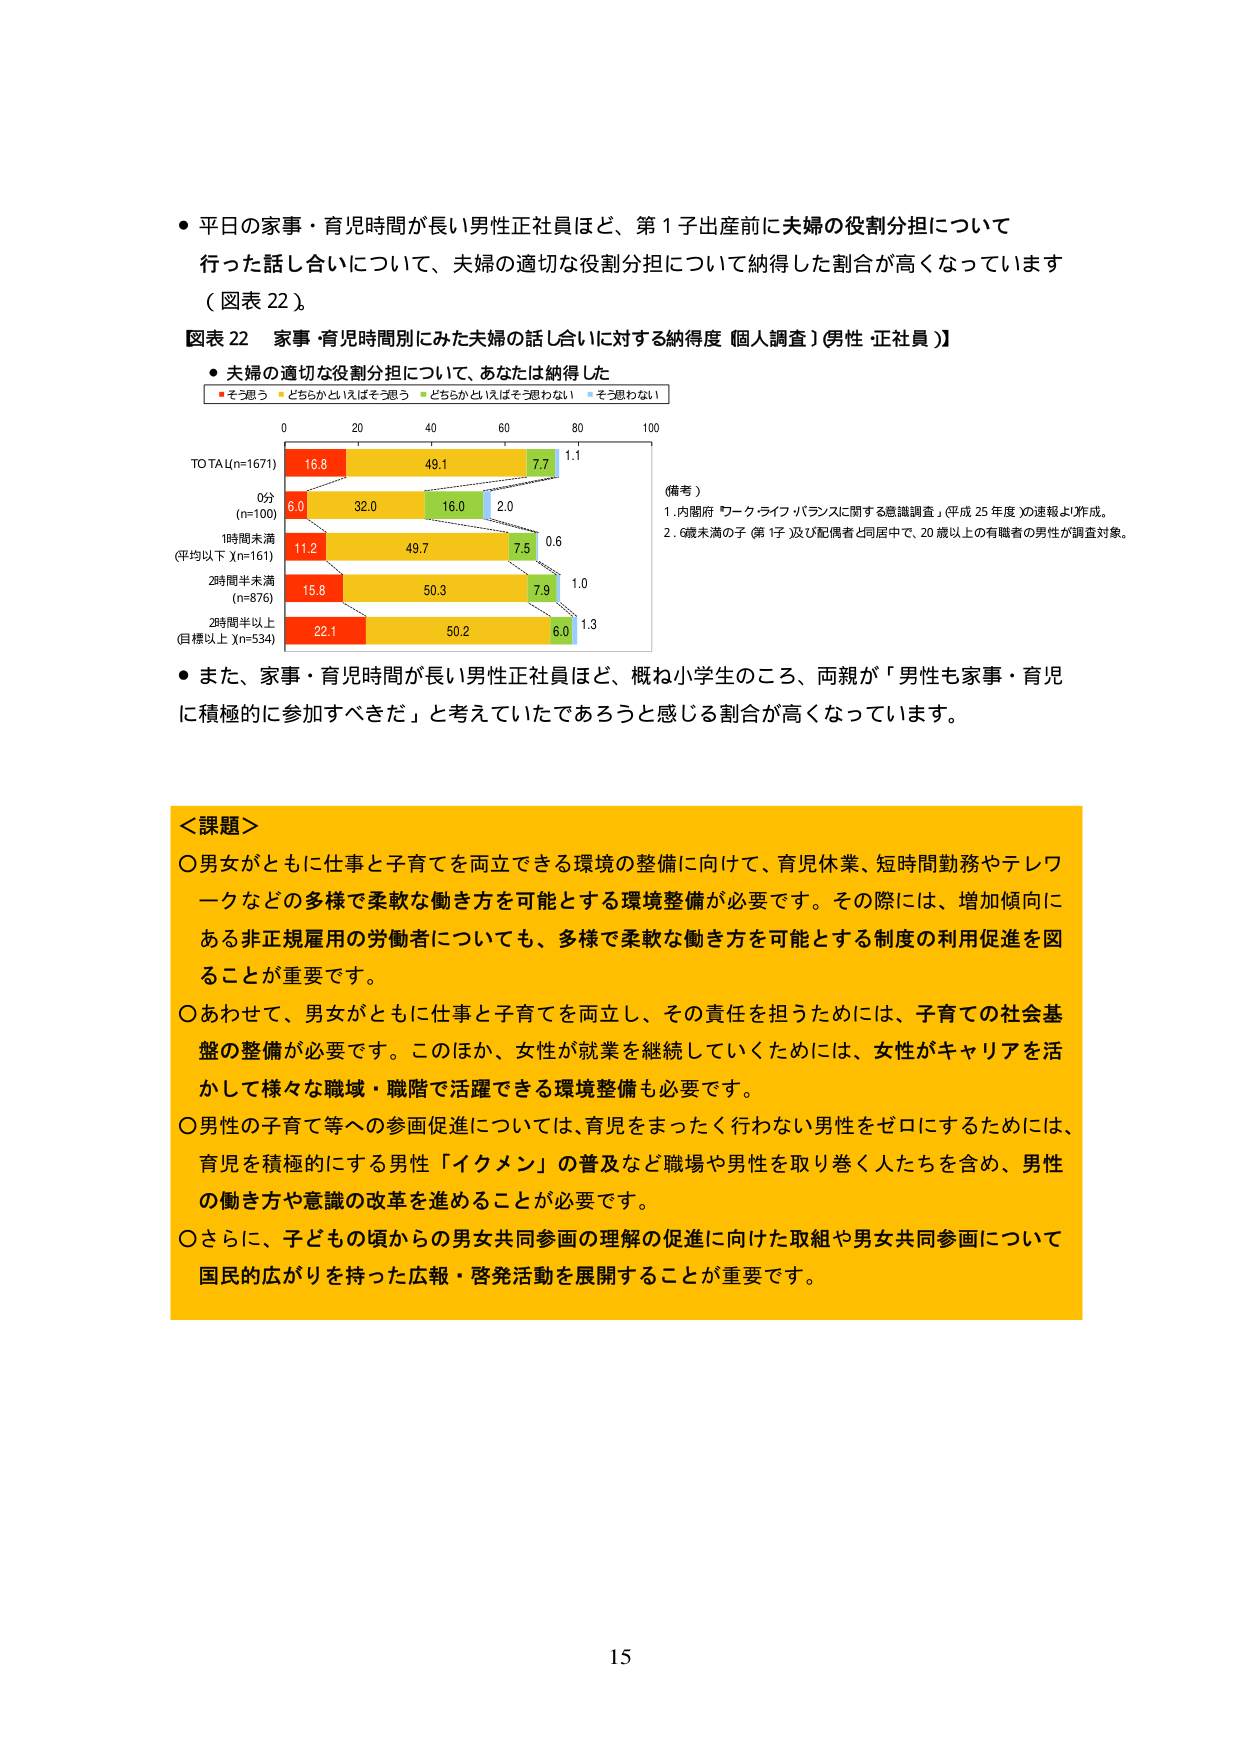
● 平日の家事・育児時間が長い男性正社員ほど、第１子出産前に夫婦の役割分担について
行った話し合いについて、夫婦の適切な役割分担について納得した割合が高くなっています
（図表 22）。

図表 22 家事・育児時間別にみた夫婦の話し合いに対する納得度〔個人調査〕男性〔正社員〕〕
● 夫婦の適切な役割分担について、あなたは納得した
■ そう思う ■ どちらかといえばそう思う ■ どちらかといえばそう思わない ■ そう思わない

0 20 40 60 80 100
TOTAL(n=1671)
16.8 49.1 7.7 1.1
0分
(n=100)
6.0 32.0 16.0 2.0
1時間未満
(平均以下 Xn=161)
11.2 49.7 7.5 0.6
2時間半未満
(n=876)
15.8 50.3 7.9 1.0
2時間半以上
(目標以上 Xn=534)
22.1 50.2 6.0 1.3

（備考）
1. 内閣府「ワークライフバランスに関する意識調査」（平成25年度）の速報より作成。
2. 6歳未満の子（第1子）及び配偶者と同居中で、20歳以上の有職者の男性が調査対象。

● また、家事・育児時間が長い男性正社員ほど、概ね小学生のころ、両親が「男性も家事・育児
に積極的に参加すべきだ」と考えていたであろうと感じる割合が高くなっています。

＜課題＞
○ 男女がともに仕事と子育てを両立できる環境の整備に向けて、育児休業、短時間勤務やテレワークなどの多様で柔軟な働き方を可能とする環境整備が必要です。その際には、増加傾向にある非正規雇用の労働者についても、多様で柔軟な働き方を可能とする制度の利用促進を図ることが重要です。
○ あわせて、男女がともに仕事と子育てを両立し、その責任を担うためには、子育ての社会基盤の整備が必要です。このほか、女性が就業を継続していくためには、女性がキャリアを活かして様々な職域・職階で活躍できる環境整備も必要です。
○ 男性の子育て等への参画促進については、育児をまったく行わない男性をゼロにするためには、育児を積極的にする男性「イクメン」の普及など職場や男性を取り巻く人たちを含め、男性の働き方や意識の改革を進めることが必要です。
○ さらに、子どもの頃からの男女共同参画の理解の促進に向けた取組や男女共同参画について国民的広がりを持った広報・啓発活動を展開することが重要です。

15